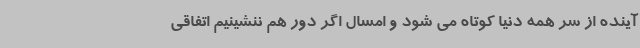
آینده از سر همه دنیا کوتاه می شود و امسال اگر دور هم ننشینیم اتفاقی